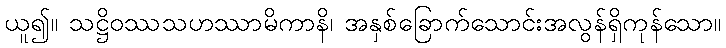
ယူ၍။ သဋ္ဌိဝဿသဟဿာမိကာနိ၊ အနှစ်ခြောက်သောင်းအလွန်ရှိကုန်သော။